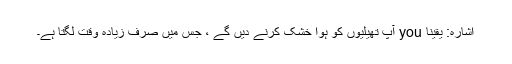
اشارہ: یقینا you آپ تھیلیوں کو ہوا خشک کرنے دیں گے ، جس میں صرف زیادہ وقت لگتا ہے۔